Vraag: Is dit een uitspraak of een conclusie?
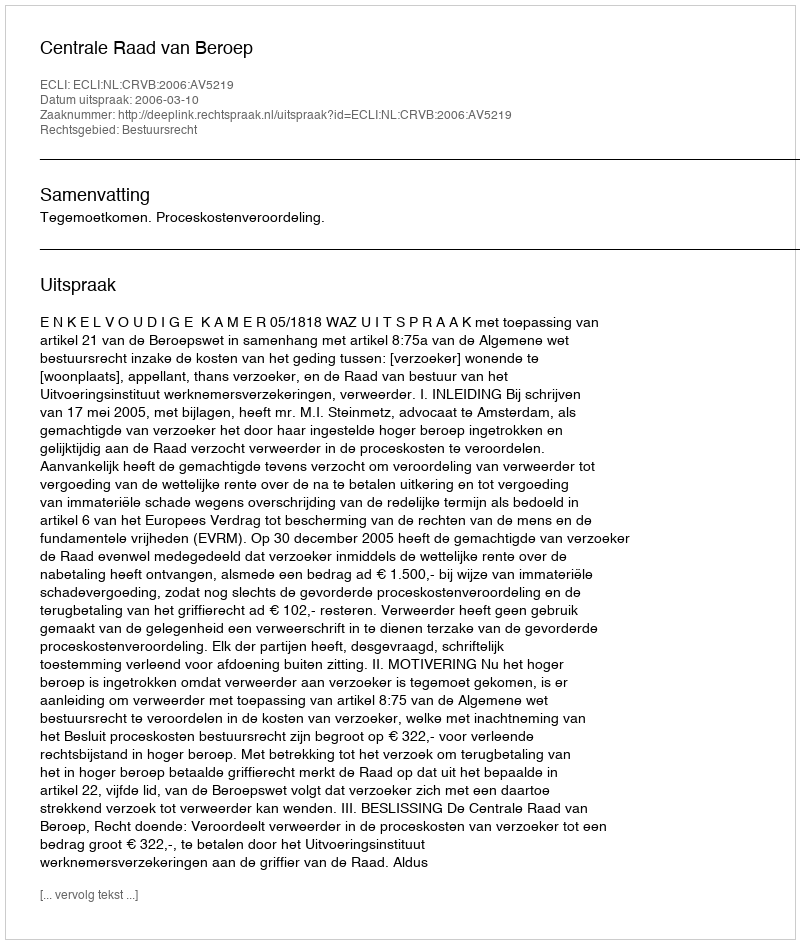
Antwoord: Uitspraak